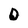
Character: O